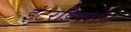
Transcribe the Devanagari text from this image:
इंटरडिक्शंन